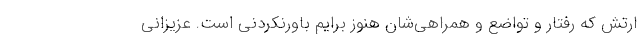
ارتش که رفتار و تواضع و همراهی‌شان هنوز برایم باورنکردنی است. عزیزانی